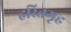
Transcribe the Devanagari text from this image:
हरितगृह